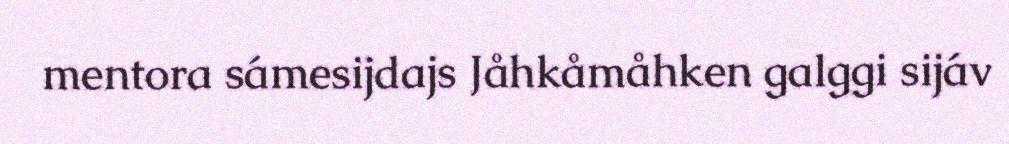
mentora sámesijdajs Jåhkåmåhken galggi sijáv